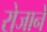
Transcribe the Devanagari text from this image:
रोजाने